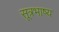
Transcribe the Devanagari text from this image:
सूत्रभाष्य